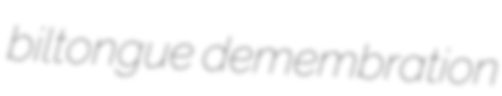
biltongue demembration